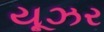
યૂઝર